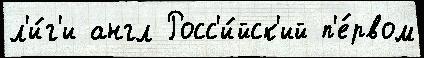
л'и́г'и англ Росс'и́йск'ий п'е́рвом